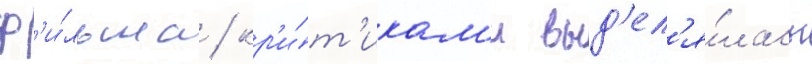
ф'и́льма / кр'и́т'икам'и выд'ел'я́лась